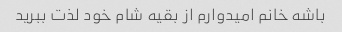
باشه خانم امیدوارم از بقیه شام ​​خود لذت ببرید